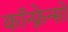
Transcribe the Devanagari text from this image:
कॉन्फ़्रेन्सों